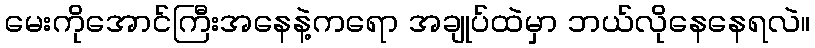
မေးကိုအောင်ကြီးအနေနဲ့ကရော အချုပ်ထဲမှာ ဘယ်လိုနေနေရလဲ။